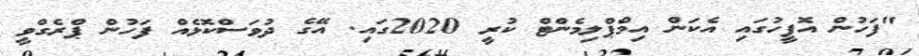
"ފަހުން އޮފީހުގައި އެކަން އިމްޕްލިމެންޓް ކުރީ 2020ގައި. އޭގެ ދުވަސްކޮޅެއް ފަހުން ޕްރެގްވީ